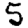
Digit: 5